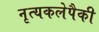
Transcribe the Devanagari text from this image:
नृत्यकलेपैकी